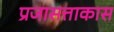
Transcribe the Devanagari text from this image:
प्रजासत्ताकास